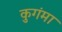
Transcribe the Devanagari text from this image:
कुगंमा